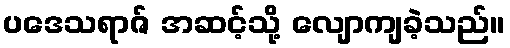
ပဒေသရာဇ် အဆင့်သို့ လျောကျခဲ့သည်။